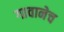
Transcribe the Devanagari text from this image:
गावानेच